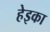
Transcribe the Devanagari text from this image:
हेइका